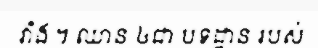
វាំង ។ ឈាន ៤ជា បទដ្ឋាន របស់